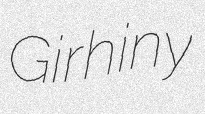
Girhiny